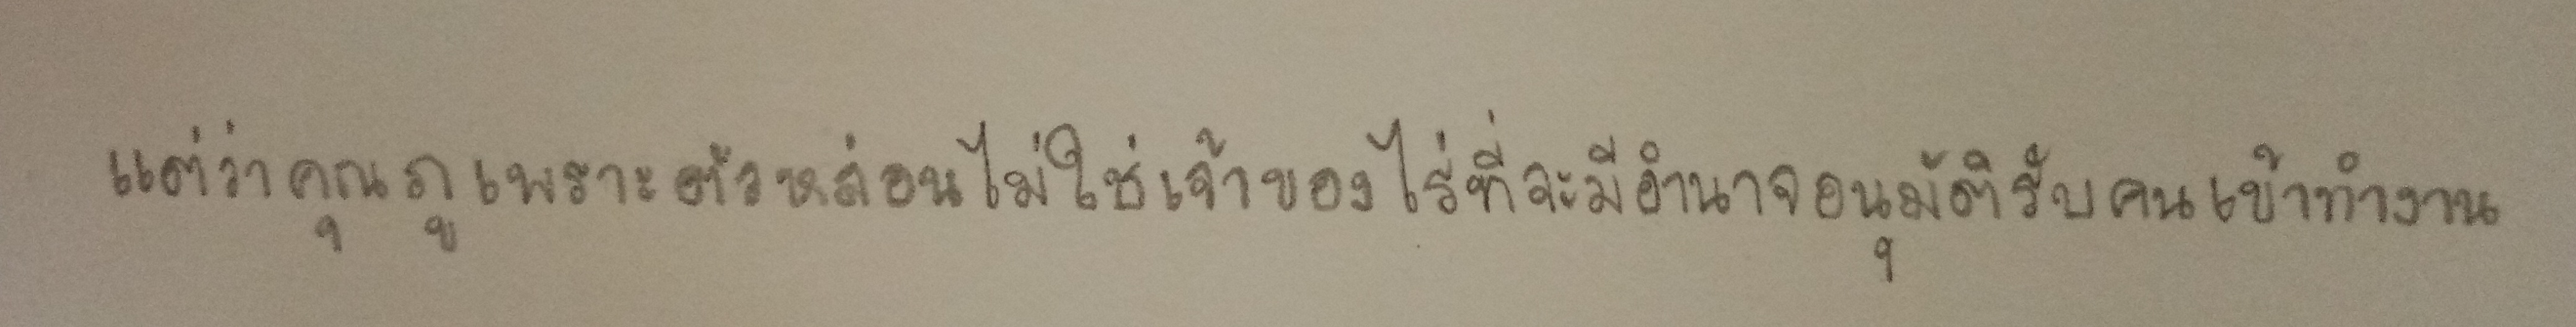
แต่ว่าคุณภูเพราะตัวหล่อนไม่ใช่เจ้าของไร่ที่จะมีอำนาจอนุมัติรับคนเข้าทำงาน